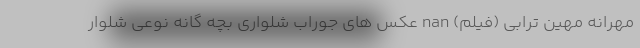
مهرانه مهین ترابی (فیلم) nan عکس های جوراب شلواری بچه گانه نوعی شلوار